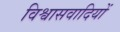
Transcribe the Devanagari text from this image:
विश्वासवादियों